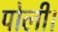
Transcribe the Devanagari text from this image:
पोली।